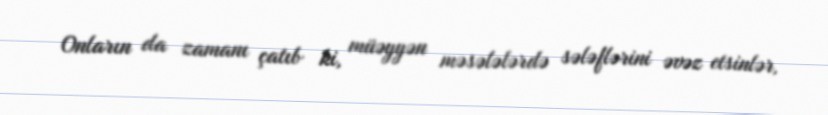
Onların da zamanı çatıb ki, müəyyən məsələlərdə sələflərini əvəz etsinlər,